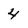
Character: 4